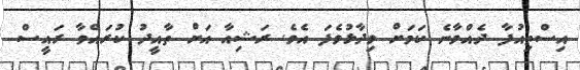
އިސްްތިއުފާ ދެއްވާނެ ކަމަށް ވިދާޅުވެފަ އެވެ. ރަޝިއާ އަށް ތާއީދު ކުރައްވާ ރައީސް